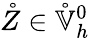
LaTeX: \mathring{Z}\in\mathring{\mathbb{V}}_{h}^{0}